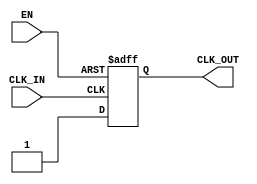
module ClockBuffer (
    input wire CLK_IN,   // Input clock signal
    input wire EN,       // Enable signal
    output reg CLK_OUT   // Buffered clock output
);

// Parameters for timing characteristics
parameter t_pd = 2;  // Propagation Delay (in ns)
parameter t_r = 1;   // Rise Time (in ns)
parameter t_f = 1;   // Fall Time (in ns)

// State definition for enable signal
localparam DISABLED = 1'b0;
localparam ENABLED =  1'b1;

reg [1:0] state;

// Always block to handle clock buffering
always @(posedge CLK_IN or negedge EN) begin
    if (~EN) begin
        // If the enable signal is low, output is held low
        CLK_OUT <= 1'b0;
    end else begin
        // Propagation delay simulation
        #t_pd;
        // Buffer the input clock signal based on enable
        if (CLK_IN) begin
            #t_r; // Simulate rise time
            CLK_OUT <= 1'b1;
        end else begin
            #t_f; // Simulate fall time
            CLK_OUT <= 1'b0;
        end
    end
end

endmodule